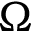
\Omega